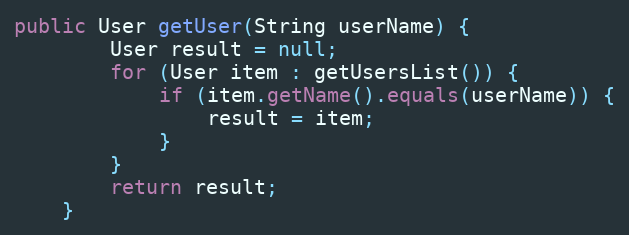
Language: Java
public User getUser(String userName) {
        User result = null;
        for (User item : getUsersList()) {
            if (item.getName().equals(userName)) {
                result = item;
            }
        }
        return result;
    }